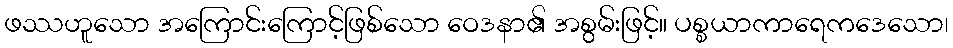
ဖဿဟူသော အကြောင်းကြောင့်ဖြစ်သော ဝေဒနာ၏ အစွမ်းဖြင့်။ ပစ္စယာကာရေကဒေသော၊